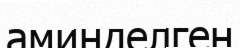
аминделген